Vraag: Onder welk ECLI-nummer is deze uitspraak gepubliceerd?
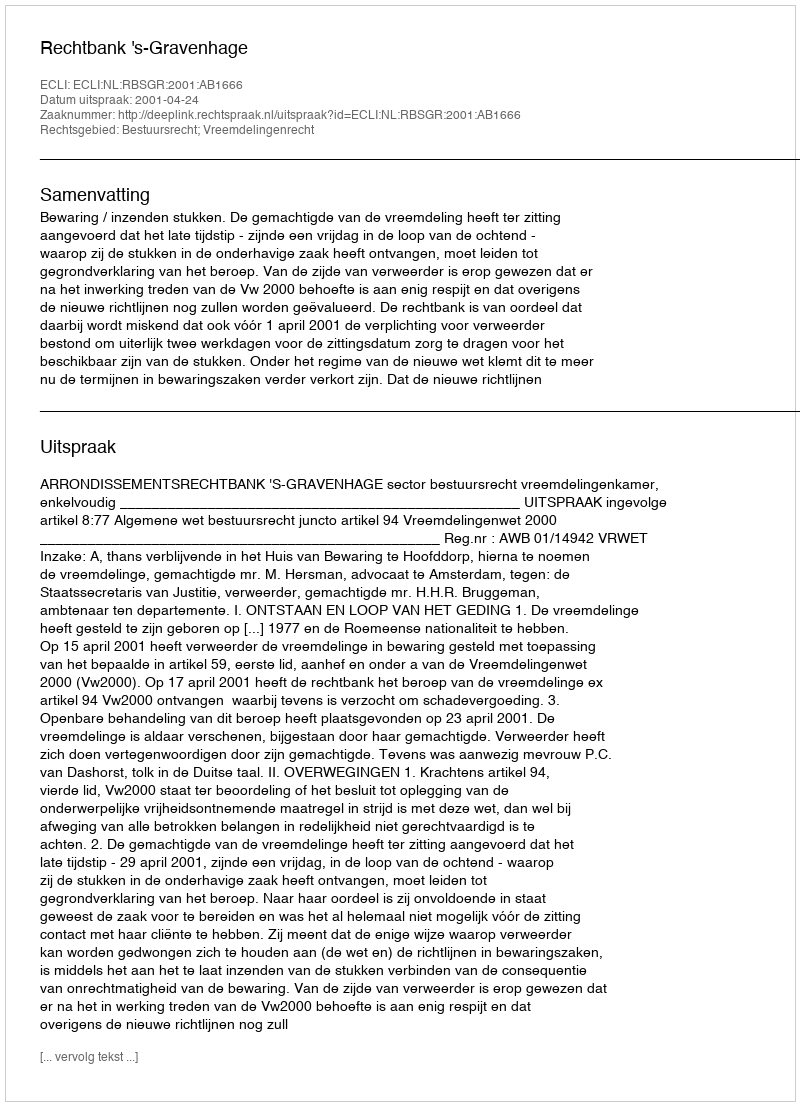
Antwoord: ECLI:NL:RBSGR:2001:AB1666